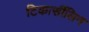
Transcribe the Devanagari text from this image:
टिकार्सीलिन